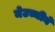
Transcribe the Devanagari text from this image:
मेउच्चीने